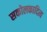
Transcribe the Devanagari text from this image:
सकोलकादित्य